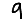
Digit: 9